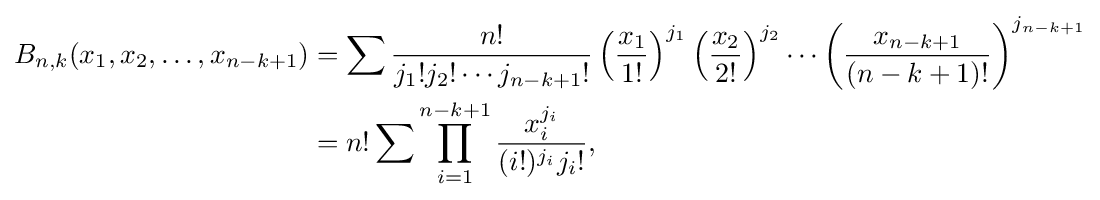
{\begin{aligned}B_{n,k}(x_{1},x_{2},\dots ,x_{n-k+1})&=\sum {n! \over j_{1}!j_{2}!\cdots j_{n-k+1}!}\left({x_{1} \over 1!}\right)^{j_{1}}\left({x_{2} \over 2!}\right)^{j_{2}}\cdots \left({x_{n-k+1} \over (n-k+1)!}\right)^{j_{n-k+1}}\\&=n!\sum \prod _{i=1}^{n-k+1}{\frac {x_{i}^{j_{i}}}{(i!)^{j_{i}}j_{i}!}},\end{aligned}}